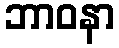
ဘာဝနာ